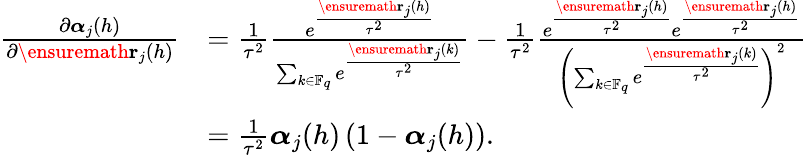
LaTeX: \begin{array}{rl}{\frac{\partial\boldsymbol{\alpha}_{j}(h)}{\partial\ensuremath{\mathbf{r}}_{j}(h)}}&{=\frac{1}{\tau^{2}}\frac{e^{\frac{\ensuremath{\mathbf{r}}_{j}(h)}{\tau^{2}}}}{\sum_{k\in\mathbb{F}_{q}}e^{\frac{\ensuremath{\mathbf{r}}_{j}(k)}{\tau^{2}}}}-\frac{1}{\tau^{2}}\frac{e^{\frac{\ensuremath{\mathbf{r}}_{j}(h)}{\tau^{2}}}e^{\frac{\ensuremath{\mathbf{r}}_{j}(h)}{\tau^{2}}}}{\left(\sum_{k\in\mathbb{F}_{q}}e^{\frac{\ensuremath{\mathbf{r}}_{j}(k)}{\tau^{2}}}\right)^{2}}}\\ &{=\frac{1}{\tau^{2}}\boldsymbol{\alpha}_{j}(h)\left(1-\boldsymbol{\alpha}_{j}(h)\right).}\end{array}